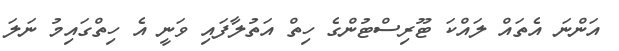
އަންނަ އެތައް ލައްކަ ޓޫރިސްޓުންގެ ހިތް އަތުލާފައި ވަނީ އެ ހިތްގައިމު ނަލަ